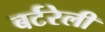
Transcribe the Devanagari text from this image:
बर्टरेली